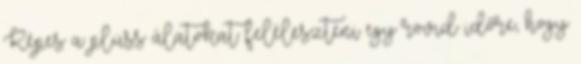
Képes a plüss álatokat feléleszteni egy rövid időre, hogy